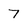
Character: 7